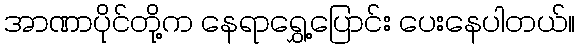
အာဏာပိုင်တို့က နေရာရွှေ့ပြောင်း ပေးနေပါတယ်။